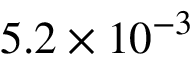
5 . 2 \times 1 0 ^ { - 3 }